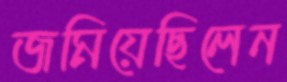
জমিয়েছিলেন